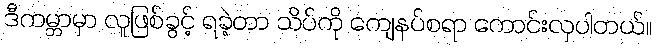
ဒီကမ္ဘာမှာ လူဖြစ်ခွင့် ရခဲ့တာ သိပ်ကို ကျေနပ်စရာ ကောင်းလှပါတယ်။